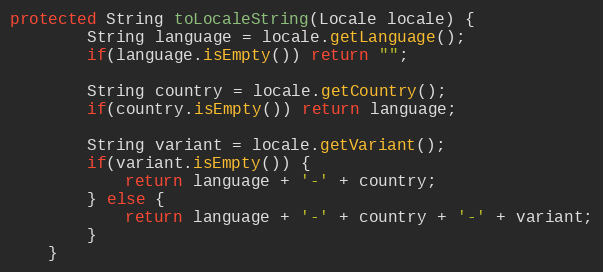
Language: Java
protected String toLocaleString(Locale locale) {
		String language = locale.getLanguage();
		if(language.isEmpty()) return "";

		String country = locale.getCountry();
		if(country.isEmpty()) return language;

		String variant = locale.getVariant();
		if(variant.isEmpty()) {
			return language + '-' + country;
		} else {
			return language + '-' + country + '-' + variant;
		}
	}